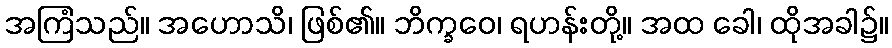
အကြံသည်။ အဟောသိ၊ ဖြစ်၏။ ဘိက္ခဝေ၊ ရဟန်းတို့။ အထ ခေါ၊ ထိုအခါ၌။